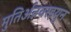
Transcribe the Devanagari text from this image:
मुतिर्अन्नवरइयुन